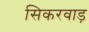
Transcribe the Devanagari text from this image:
सिकरवाड़